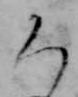
ち